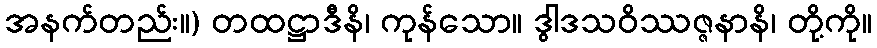
အနက်တည်း။) တထဋ္ဌာဒီနိ၊ ကုန်သော။ ဒွါဒသဝိဿဇ္ဇနာနိ၊ တို့ကို။